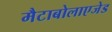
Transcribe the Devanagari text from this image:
मैटाबोलाएजेड